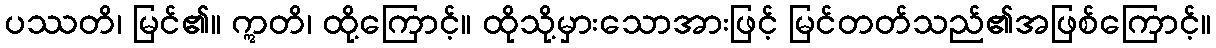
ပဿတိ၊ မြင်၏။ ဣတိ၊ ထို့ကြောင့်။ ထိုသို့မှားသောအားဖြင့် မြင်တတ်သည်၏အဖြစ်ကြောင့်။